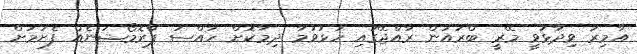
އާމިރު ވިދާޅުވީ މޭރީ ބްރައުން ރާއްޖޭގައި ހުޅުވުމާ ދިމާކޮށް ހާއްސަ ޕްރޮމޯޝަނެއް ފެށުމަށް